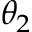
\theta _ { 2 }